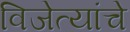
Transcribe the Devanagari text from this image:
विजेत्यांचे